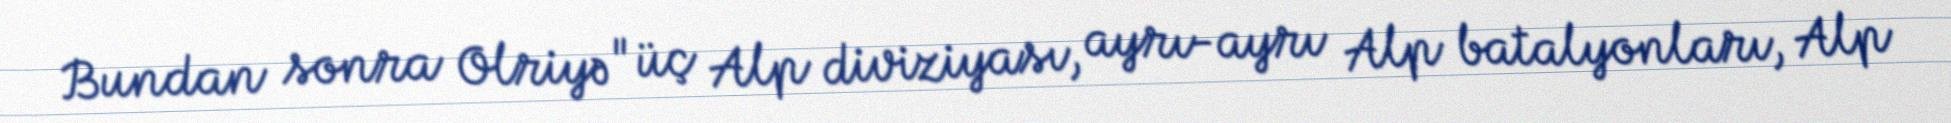
Bundan sonra Olriyə "üç Alp diviziyası, ayrı-ayrı Alp batalyonları, Alp